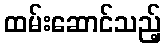
ထမ်းဆောင်သည့်